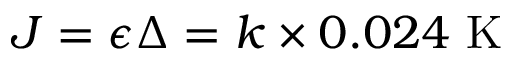
J = \epsilon \Delta = k \times 0 . 0 2 4 ~ \mathrm { K }